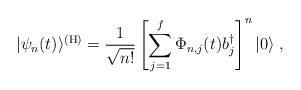
LaTeX: \begin{align*}|\psi_n(t)\rangle\sp {({\rm H})} = {1 \over\sqrt{n!}}\left[\sum_{j=1}\sp f\Phi_{n,j}(t)b_j\sp {\dagger}\right]\sp n|0\rangle\;,\end{align*}